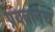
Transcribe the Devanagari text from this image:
प्रयत्नानेच